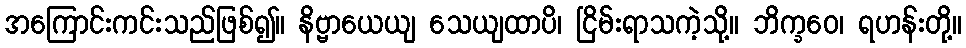
အကြောင်းကင်းသည်ဖြစ်၍။ နိဗ္ဗာယေယျ သေယျထာပိ၊ ငြိမ်းရာသကဲ့သို့။ ဘိက္ခဝေ၊ ရဟန်းတို့။